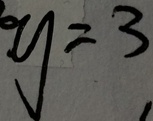
y = 3